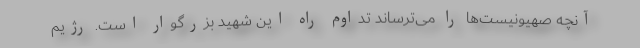
آنچه صهیونیست‌ها را می‌ترساند تداوم راه این شهید بزرگوار است. رژیم